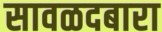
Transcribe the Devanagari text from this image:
सावळदबारा